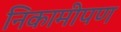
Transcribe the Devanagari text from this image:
निकामीपण